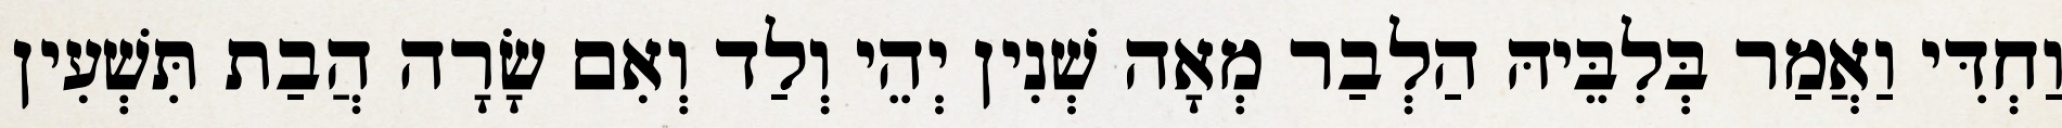
וַחְדִּי וַאֲמַר בְּלִבֵּיהּ הַלְבַר מְאָה שְׁנִין יְהֵי וְלַד וְאִם שָׂרָה הֲבַת תִּשְׁעִין